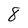
Character: 8